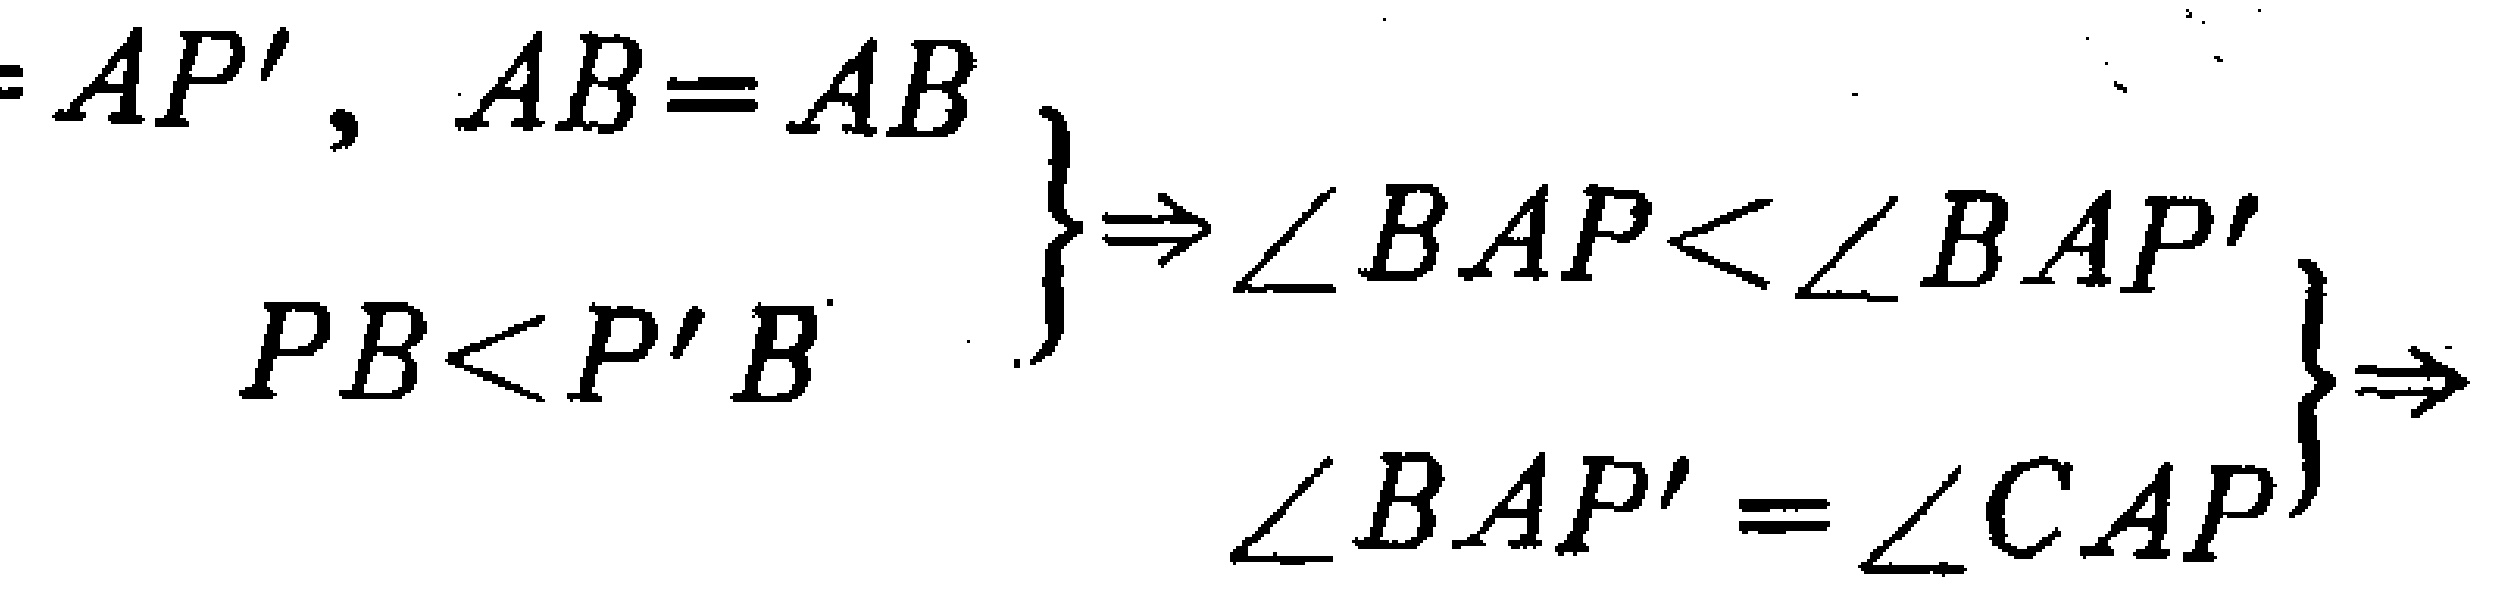
$\left.\begin{array}{r}
=AP',\ AB = AB\\
PB<P'B
\end{array}\right\}\Rightarrow\left.\begin{array}{r}
\angle BAP<\angle BAP'\\
\angle BAP'=\angle CAP
\end{array}\right\}\Rightarrow$